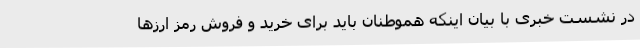
در نشست خبری با بیان اینکه هموطنان باید برای خرید و فروش رمز ارزها